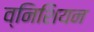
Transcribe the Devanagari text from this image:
व्निशियन